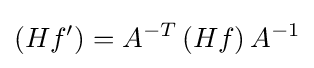
(Hf')=A^{-T}\,(Hf)\,A^{-1}